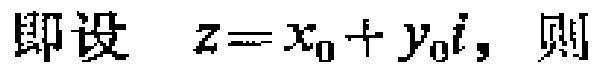
即设 \(z = x_{0}+y_{0}i\)，则